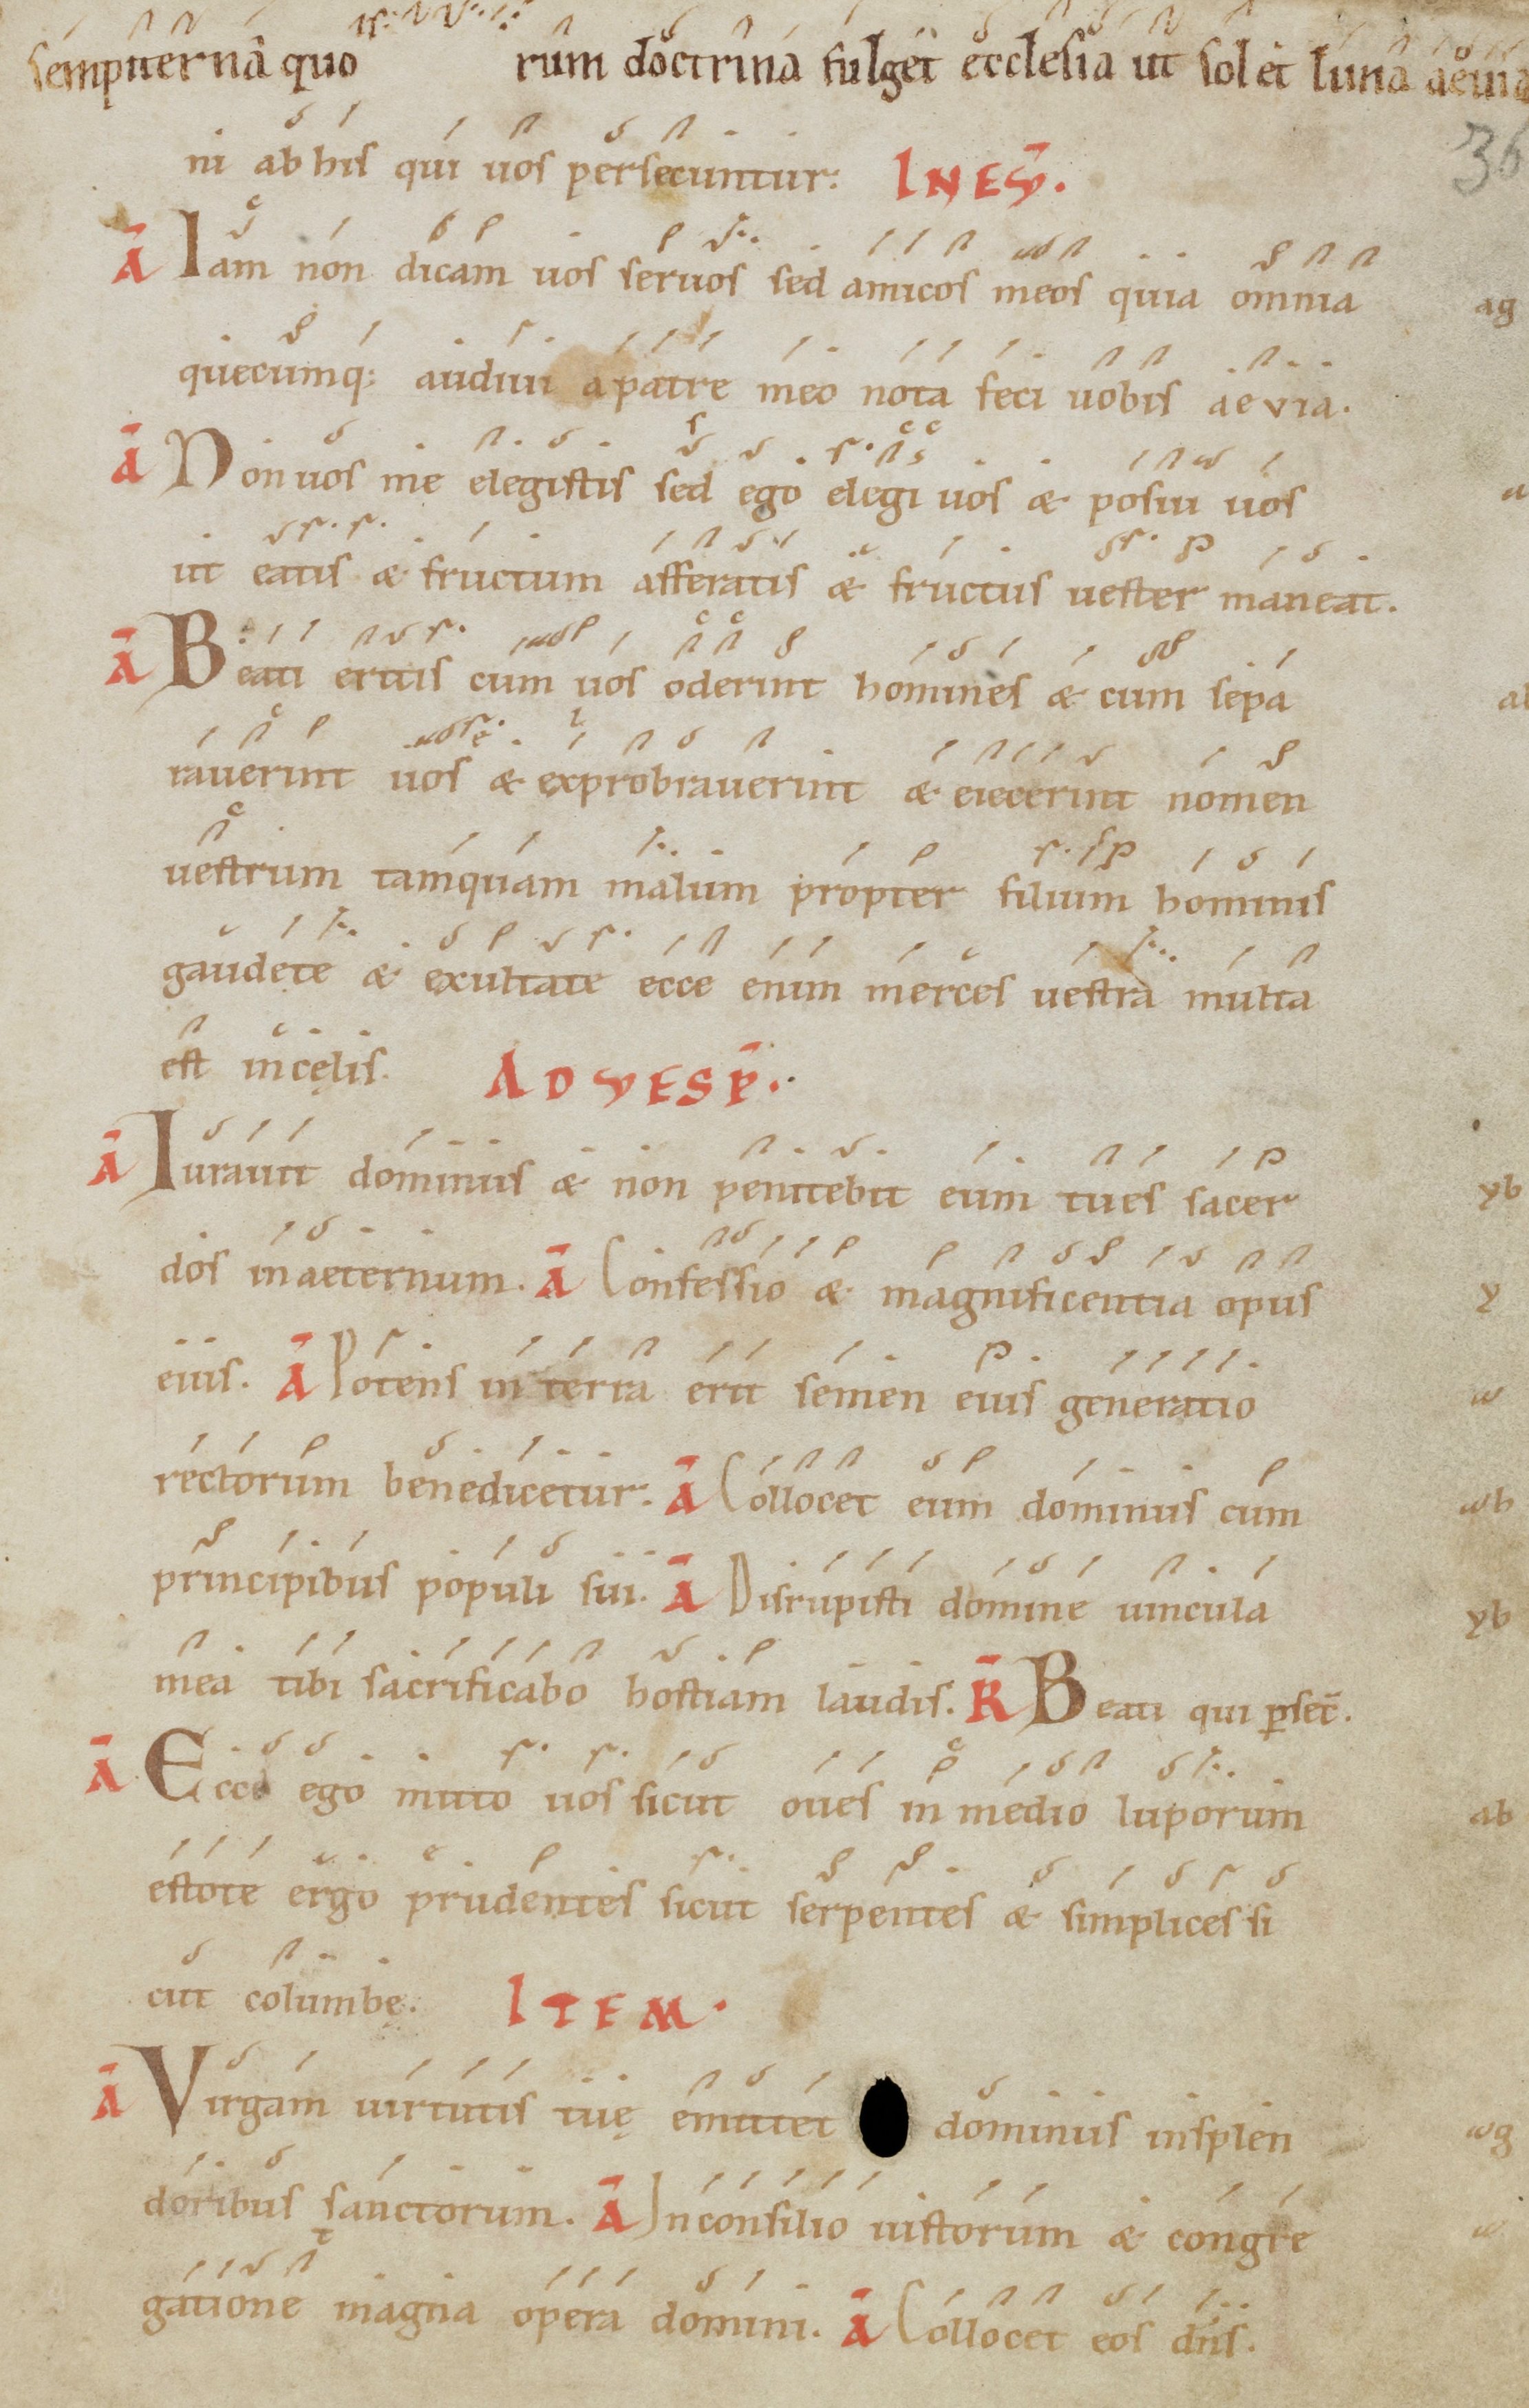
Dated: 1100–1199